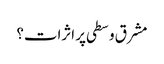
مشرق وسطی پر اثرات؟